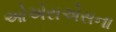
ઓએસએસના